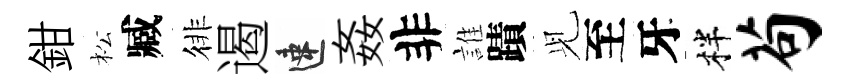
鉗松臧徘遏速姦非誰蹟𫤗至牙柈苟